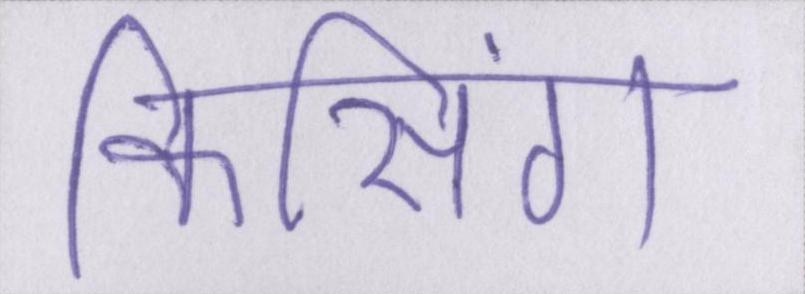
किसिंग